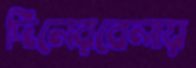
দিনেরবেলায়